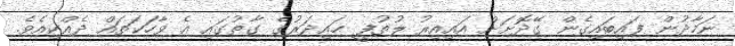
ނަމާދުން ފައިބައިގެން ގޭދޮށަށް އައިއިރު ލުތުފީ ޙައިދަރުގެ ގާތުގައި އެ ވާހަކަތައް ދެއްކިއެވެ.